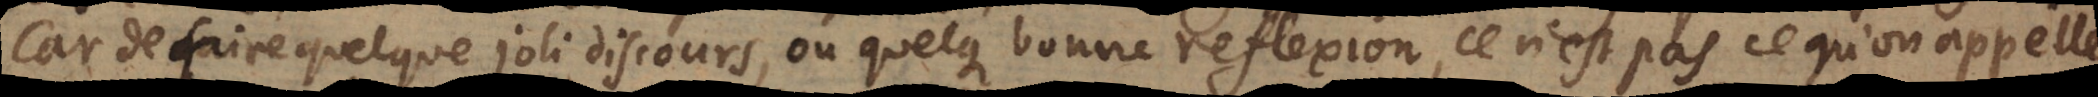
Car de faire quelque joli discours, ou quelque bonne reflexion, ce n’est pas ce qu’on appelle